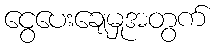
ငွေပေးချေမှုအတွက်